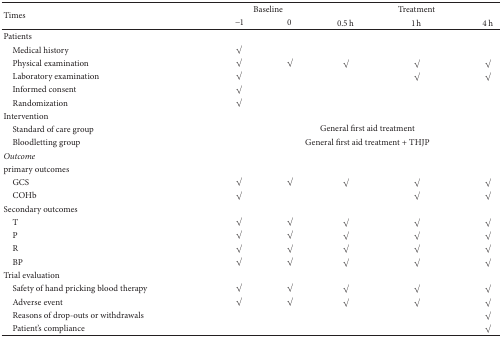
<table><thead><tr><td rowspan="2"><b>Times</b></td><td colspan="2"><b>Baseline</b></td><td colspan="3"><b>Treatment</b></td></tr><tr><td><b>−1</b></td><td><b>0</b></td><td><b>0.5 h</b></td><td><b>1 h</b></td><td><b>4 h</b></td></tr></thead><tbody><tr><td>Patients</td><td> </td><td> </td><td> </td><td> </td><td> </td></tr><tr><td> Medical history</td><td><i>√</i></td><td> </td><td> </td><td> </td><td> </td></tr><tr><td> Physical examination</td><td><i>√</i></td><td><i>√</i></td><td><i>√</i></td><td><i>√</i></td><td><i>√</i></td></tr><tr><td> Laboratory examination</td><td><i>√</i></td><td> </td><td> </td><td><i>√</i></td><td><i>√</i></td></tr><tr><td> Informed consent</td><td><i>√</i></td><td> </td><td> </td><td> </td><td> </td></tr><tr><td> Randomization</td><td><i>√</i></td><td> </td><td> </td><td> </td><td> </td></tr><tr><td>Intervention</td><td> </td><td> </td><td> </td><td> </td><td> </td></tr><tr><td> Standard of care group</td><td colspan="5">General first aid treatment</td></tr><tr><td> Bloodletting group</td><td colspan="5">General first aid treatment + THJP</td></tr><tr><td><i>Outcome </i></td><td> </td><td> </td><td> </td><td> </td><td> </td></tr><tr><td>primary outcomes</td><td> </td><td> </td><td> </td><td> </td><td> </td></tr><tr><td> GCS</td><td><i>√</i></td><td><i>√</i></td><td><i>√</i></td><td><i>√</i></td><td><i>√</i></td></tr><tr><td> COHb</td><td><i>√</i></td><td> </td><td> </td><td><i>√</i></td><td><i>√</i></td></tr><tr><td>Secondary outcomes</td><td> </td><td> </td><td> </td><td> </td><td> </td></tr><tr><td> T</td><td><i>√</i></td><td><i>√</i></td><td><i>√</i></td><td><i>√</i></td><td><i>√</i></td></tr><tr><td> P</td><td><i>√</i></td><td><i>√</i></td><td><i>√</i></td><td><i>√</i></td><td><i>√</i></td></tr><tr><td> R</td><td><i>√</i></td><td><i>√</i></td><td><i>√</i></td><td><i>√</i></td><td><i>√</i></td></tr><tr><td> BP</td><td><i>√</i></td><td><i>√</i></td><td><i>√</i></td><td><i>√</i></td><td><i>√</i></td></tr><tr><td>Trial evaluation</td><td> </td><td> </td><td> </td><td> </td><td> </td></tr><tr><td> Safety of hand pricking blood therapy</td><td><i>√</i></td><td><i>√</i></td><td><i>√</i></td><td><i>√</i></td><td><i>√</i></td></tr><tr><td> Adverse event</td><td><i>√</i></td><td><i>√</i></td><td><i>√</i></td><td><i>√</i></td><td><i>√</i></td></tr><tr><td> Reasons of drop-outs or withdrawals</td><td> </td><td> </td><td> </td><td> </td><td><i>√</i></td></tr><tr><td> Patient&#x27;s compliance</td><td> </td><td> </td><td> </td><td> </td><td><i>√</i></td></tr></tbody></table>